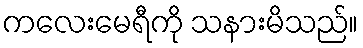
ကလေးမေရီကို သနားမိသည်။